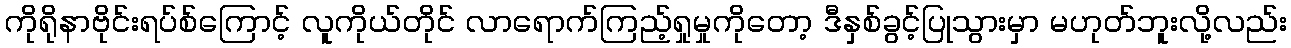
ကိုရိုနာဗိုင်းရပ်စ်ကြောင့် လူကိုယ်တိုင် လာရောက်ကြည့်ရှုမှုကိုတော့ ဒီနှစ်ခွင့်ပြုသွားမှာ မဟုတ်ဘူးလို့လည်း